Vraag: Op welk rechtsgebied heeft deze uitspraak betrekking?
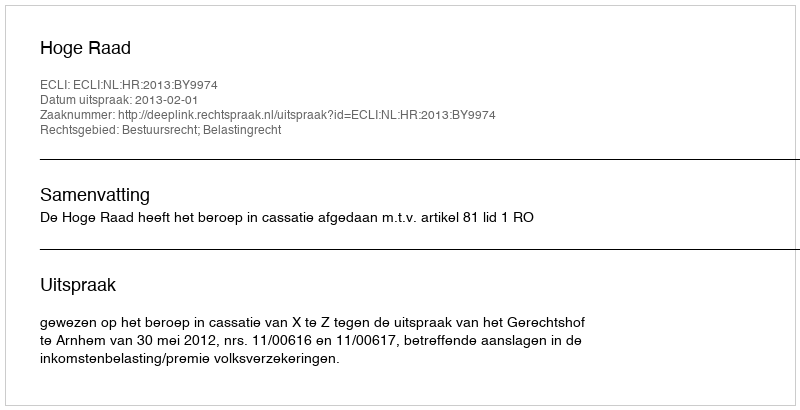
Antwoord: Bestuursrecht; Belastingrecht